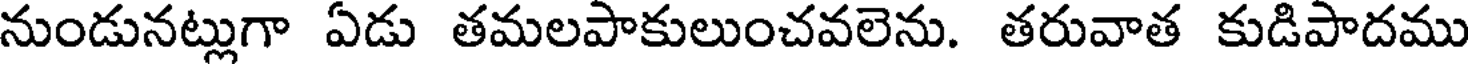
నుండునట్లుగా ఏడు తమలపాకులుంచవలెను. తరువాత కుడిపాదము